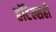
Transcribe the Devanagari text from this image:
हॉटेल्सही